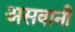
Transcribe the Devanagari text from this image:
असवानी